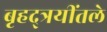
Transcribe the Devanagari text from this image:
बृहद्त्रयींतले